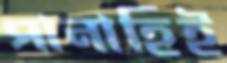
পানাহিই